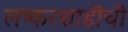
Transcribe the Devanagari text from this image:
लष्करशाहीची